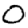
Digit: 0